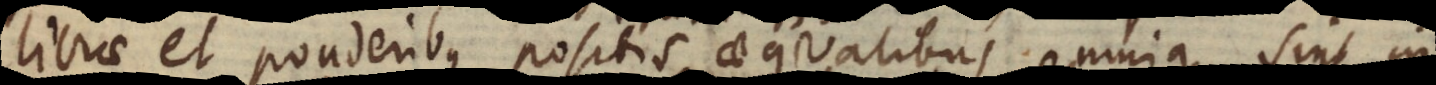
librae et ponderibus positis aequalibus, omnia sint in